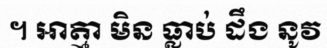
។ អាត្មា មិន ធ្លាប់ ដឹង នូវ